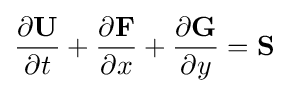
{\frac {\partial \mathbf {U} }{\partial t}}+{\frac {\partial \mathbf {F} }{\partial x}}+{\frac {\partial \mathbf {G} }{\partial y}}=\mathbf {S}